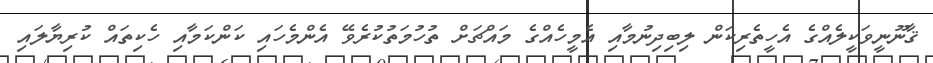
ޤާނޫނީވަކީލެއްގެ އެހީތެރިކަން ލިބިދިނުމާއި އެމީހެއްގެ މައްޗަށް ތުހުމަތުކުރެވޭ އެންމެހައި ކަންކަމާއި ހެކިތައް ކުރިޔާލައި